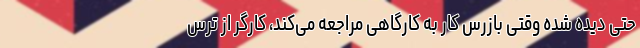
حتی دیده شده وقتی بازرس کار به کارگاهی مراجعه می‌کند، کارگر از ترس